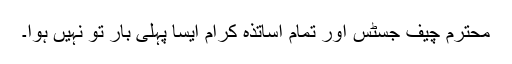
محترم چیف جسٹس اور تمام اساتذہ کرام ایسا پہلی بار تو نہیں ہوا۔